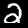
Digit: 2